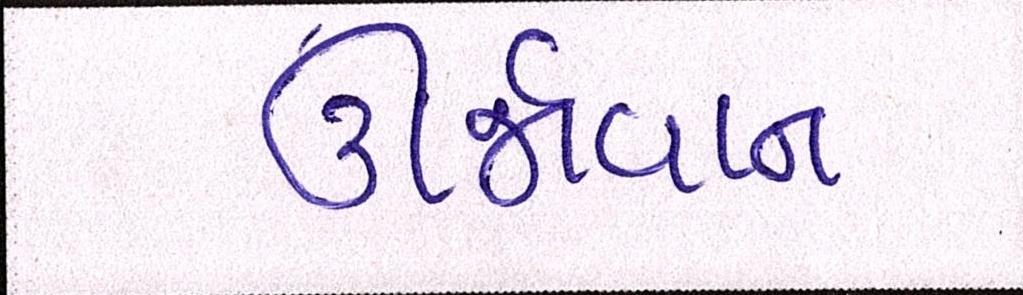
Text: ઊર્જાવાન